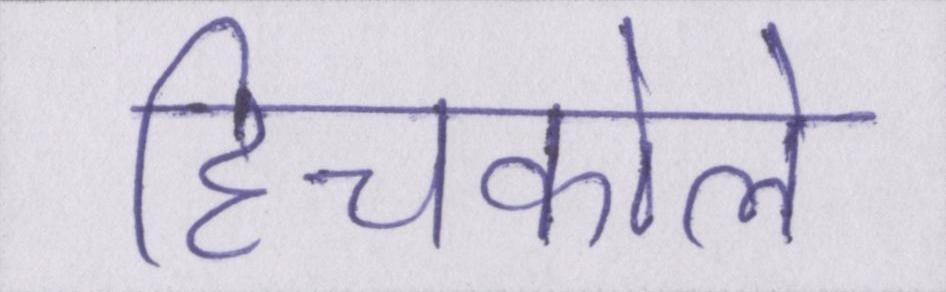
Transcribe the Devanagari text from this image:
हिचकोले